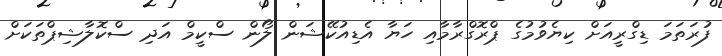
ފުރަތަމަ ޑިގްރީއަށް ކިޔެވުމުގެ ޕްރޮގްރާމާއި ހަޔާ އެޑިއުކޭޝަން ލޯން ސްކީމް އަދި ސްކޮލާޝިޕްތަކަށް